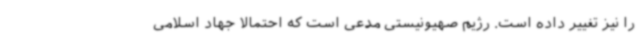
را نیز تغییر داده است. رژیم صهیونیستی مدعی است که احتمالا جهاد اسلامی